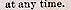
at any time.